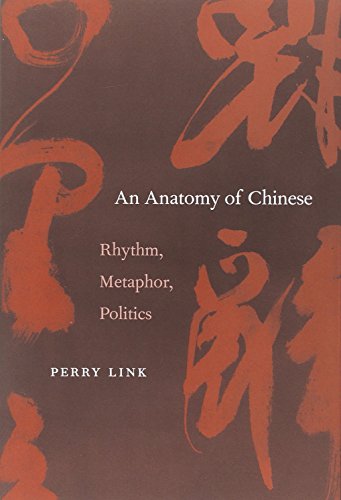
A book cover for An Anatomy of Chinese: Rhythm, Metaphor, Politics; Perry Link; Reference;